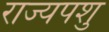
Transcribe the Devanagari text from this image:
राज्यपशु